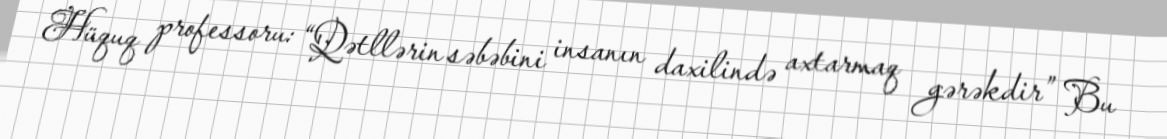
Hüquq professoru: “Qətllərin səbəbini insanın daxilində axtarmaq gərəkdir” Bu